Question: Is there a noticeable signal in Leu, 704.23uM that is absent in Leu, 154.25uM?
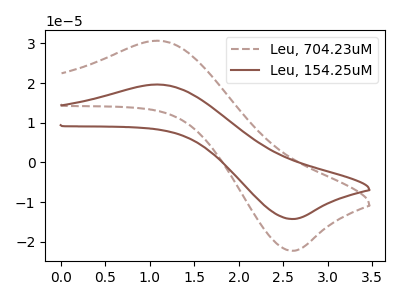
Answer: <think>The brown dashed curve "Leu, 704.23uM" has an anodic peak at (1.10V, 30.65uA) and a cathodic peak at (2.60V, -22.25uA). The brown curve "Leu, 154.25uM" has an anodic peak at (1.10V, 19.65uA) and a cathodic peak at (2.60V, -14.25uA).
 All the peaks in "Leu, 704.23uM" have a peak in "Leu, 154.25uM" at the same potential. Every peak in "Leu, 704.23uM" is higher than every peak in "Leu, 154.25uM".</think>
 <answer>No, "Leu, 704.23uM" and "Leu, 154.25uM" don't appear to be significantly different in shape</answer>
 <eval>no_change</eval>